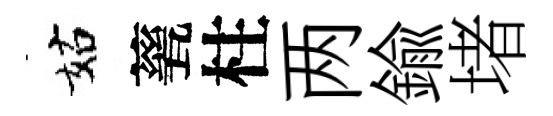
姑甆柱两鍮堵